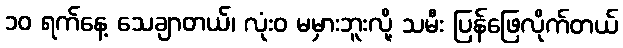
၁၀ ရက်နေ့ သေချာတယ်၊ လုံးဝ မမှားဘူးလို့ သမီး ပြန်ဖြေလိုက်တယ်